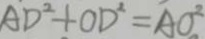
A D ^ { 2 } + O D ^ { 2 } = A O ^ { 2 }